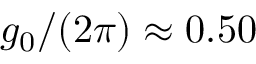
g _ { 0 } / ( 2 \pi ) \approx 0 . 5 0